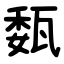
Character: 瓾